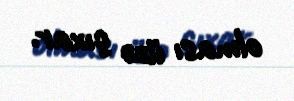
olması üzə çıxar.